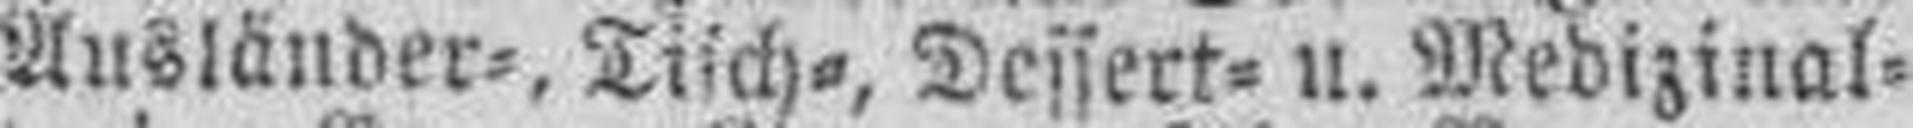
Ausländer=, Tisch=, Dessert= u. Medizinal¬